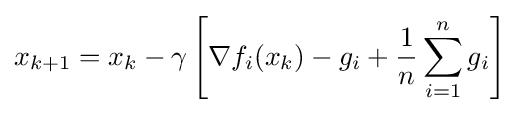
x_{k+1}=x_{k}-\gamma \left[\nabla f_{i}(x_{k})-g_{i}+{\frac {1}{n}}\sum _{i=1}^{n}g_{i}\right]